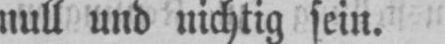
null und nichtig sein.